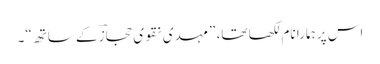
اس پر ہمارا نام لکھا تھا، ”مہدی نقوی حجازؔ کے ساتھ“۔